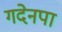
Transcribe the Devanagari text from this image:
गदेनपा